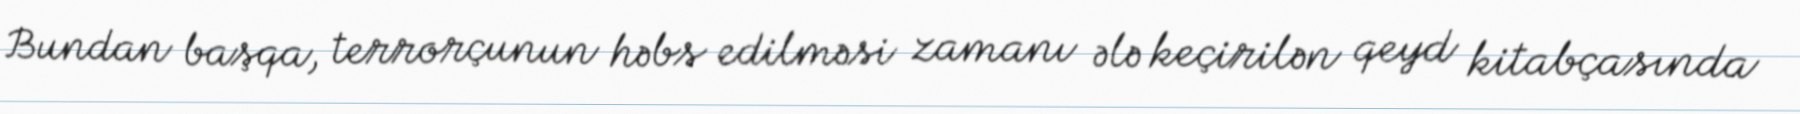
Bundan başqa, terrorçunun həbs edilməsi zamanı ələ keçirilən qeyd kitabçasında